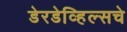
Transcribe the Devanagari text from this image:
डेरडेव्हिल्सचे